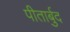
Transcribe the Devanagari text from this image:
पीतार्बुद